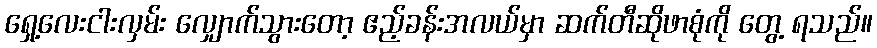
ရှေ့လေးငါးလှမ်း လျှောက်သွားတော့ ဧည့်ခန်းအလယ်မှာ ဆက်တီဆိုဖာစုံကို တွေ့ ရသည်။